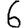
Digit: 6